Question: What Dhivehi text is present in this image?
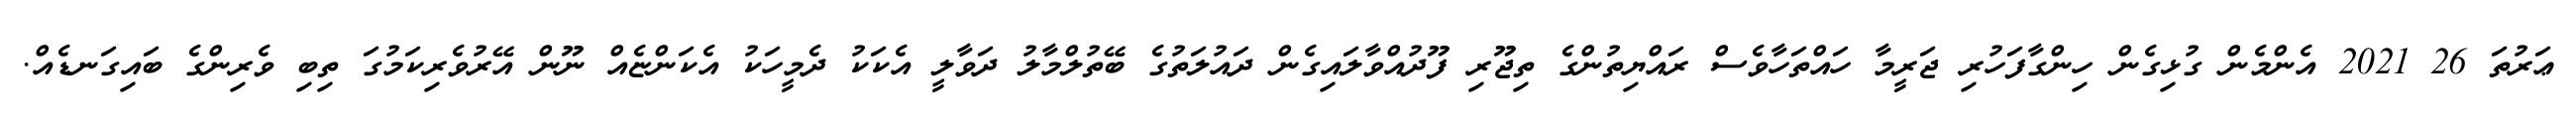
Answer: ޢަރުތަ 26 2021 އެންމެން ގުޅިގެން ހިންގާފަހުރި ޖަރީމާ ހައްތަހާވެސް ރައްޔިތުންގެ ތިޖޫރި ފޫދުއްވާލައިގެން ދައުލަތުގެ ބޭތުލްމާލު ދަވާލީ އެކަކު ދެމީހަކު އެކަންޏެއް ނޫން އޭރުވެރިކަމުގަ ތިބި ވެރިންގެ ބައިގަނޑެއް.